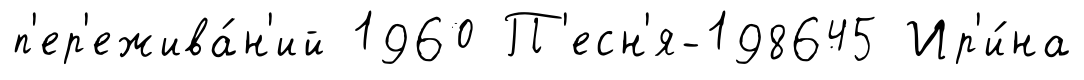
п'ер'ежива́н'ий 1960 П'есн'я-198645 Ир'и́на